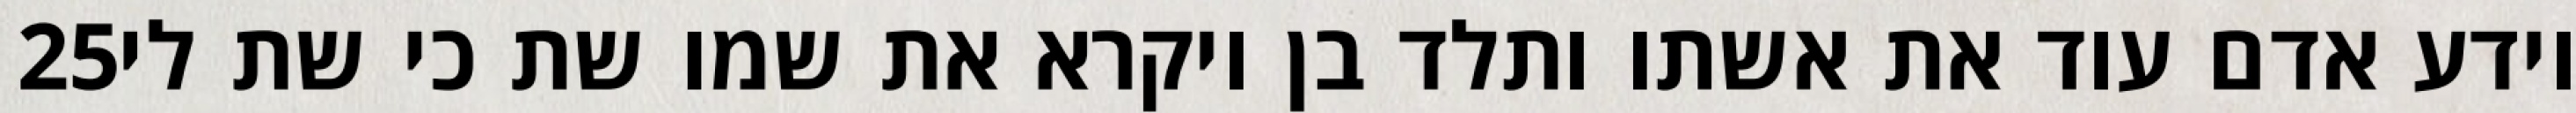
‎25‏ וידע אדם עוד את אשתו ותלד בן ויקרא את שמו שת כי שת לי